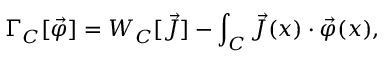
\Gamma _ { C } [ \vec { \varphi } ] = W _ { C } [ \vec { J } ] - \int _ { C } \vec { J } ( x ) \cdot \vec { \varphi } ( x ) ,